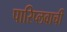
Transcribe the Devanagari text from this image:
पारिप्लवाची